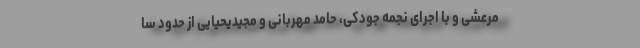
مرعشی و با اجرای نجمه جودکی، حامد مهربانی و مجیدیحیایی از حدود سا